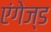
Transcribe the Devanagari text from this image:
एंगेज्ड